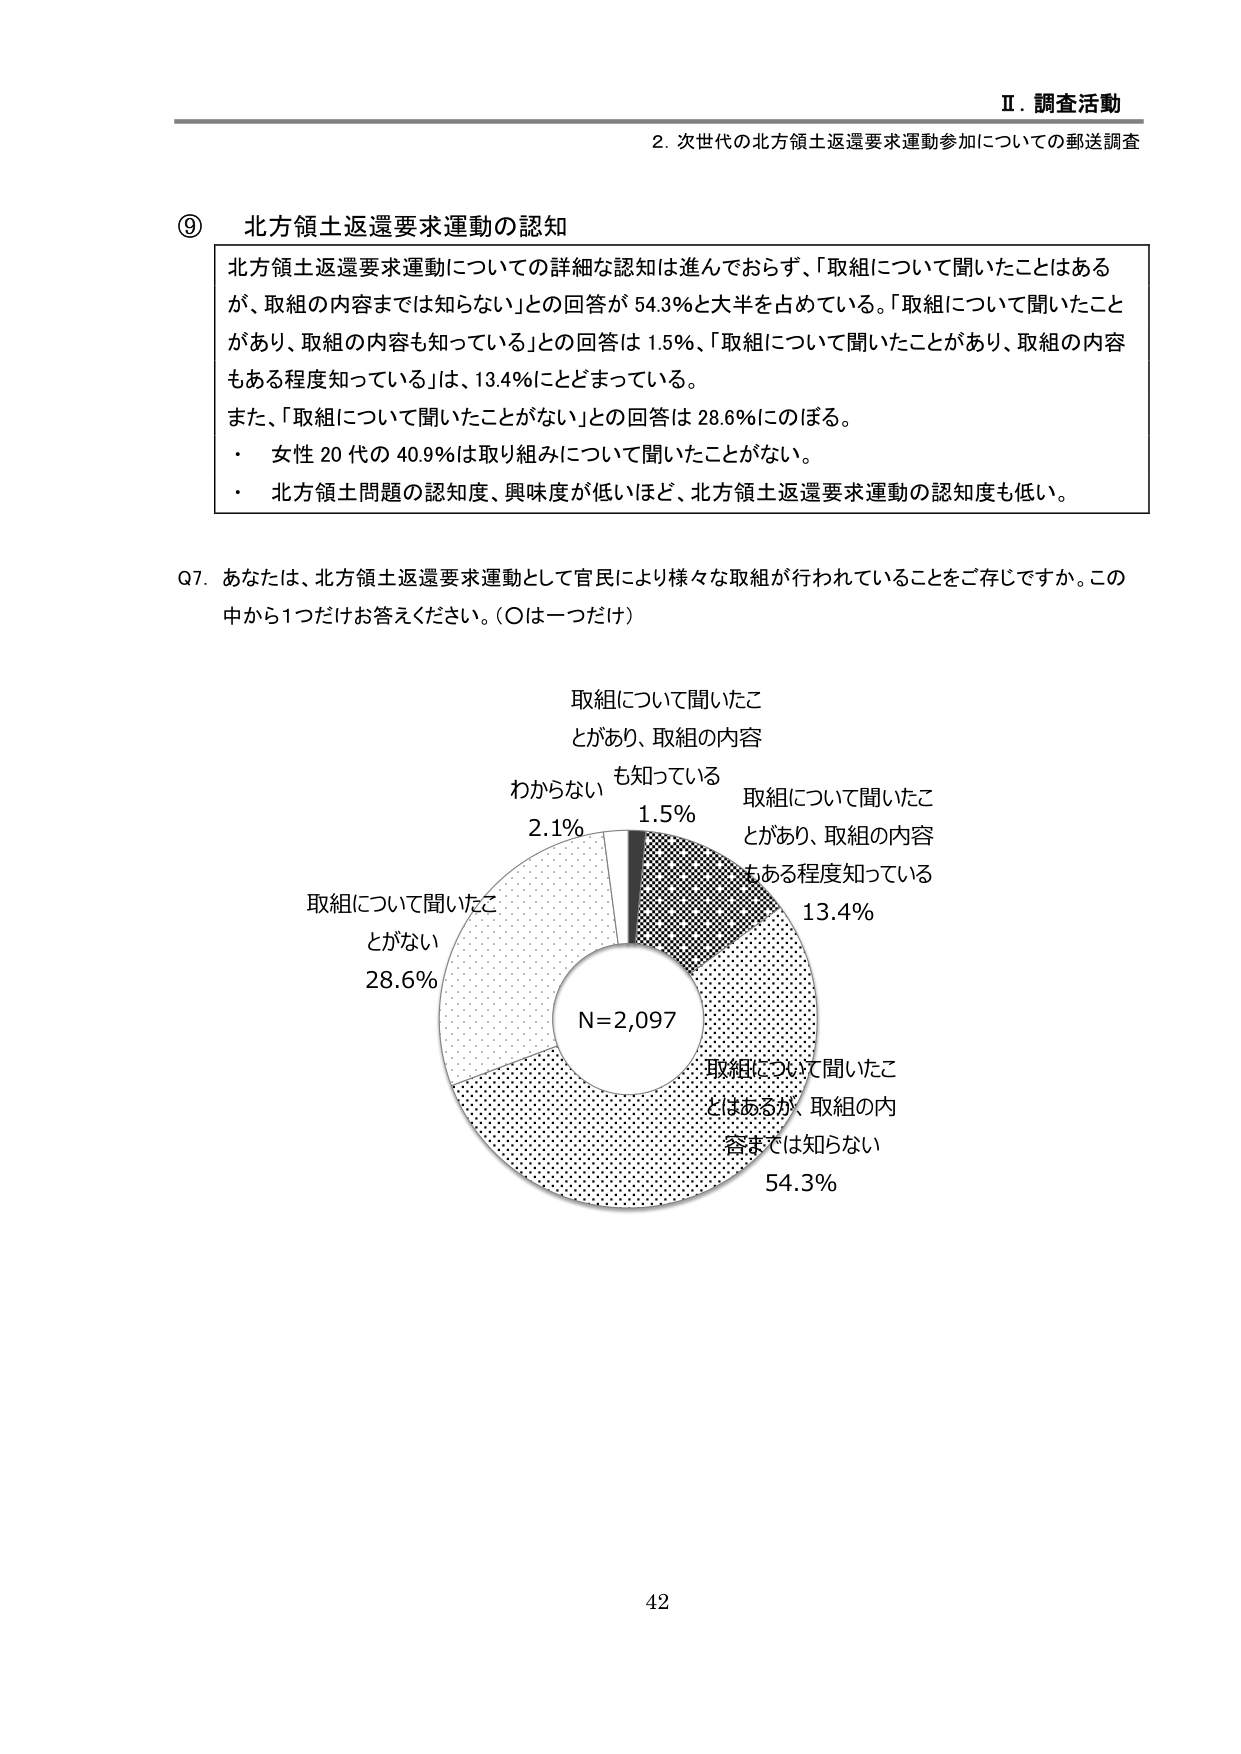
Ⅱ．調査活動
2．次世代の北方領土返還要求運動参加についての郵送調査

⑨ 北方領土返還要求運動の認知

北方領土返還要求運動についての詳細な認知は進んでおらず、「取組について聞いたことはあるが、取組の内容までは知らない」との回答が 54.3％と大半を占めている。「取組について聞いたことがあり、取組の内容も知っている」との回答は 1.5％、「取組について聞いたことがあり、取組の内容もある程度知っている」は、13.4％にとどまっている。
また、「取組について聞いたことがない」との回答は 28.6％にのぼる。
・ 女性 20 代の 40.9％は取り組みについて聞いたことがない。
・ 北方領土問題の認知度、興味度が低いほど、北方領土返還要求運動の認知度も低い。

Q7．あなたは、北方領土返還要求運動として官民により様々な取組が行われていることをご存じですか。この中から1つだけお答えください。（○は一つだけ）

取組について聞いたことがあり、取組の内容も知っている 1.5％
取組について聞いたことがあり、取組の内容もある程度知っている 13.4％
取組について聞いたことはあるが、取組の内容までは知らない 54.3％
取組について聞いたことがない 28.6％
わからない 2.1％
N=2,097

42